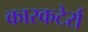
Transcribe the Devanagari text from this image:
कारकटेर्रा